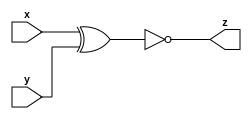
module xnor_gate_n (x, y, z);
  parameter n=2;
  input [n-1:0] x;
  input [n-1:0] y;
  output [n-1:0] z;
  
  assign z = ~(x^y) ;
  
  
endmodule